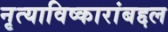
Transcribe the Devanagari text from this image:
नृत्याविष्कारांबद्दल